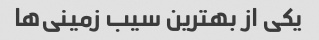
یکی از بهترین سیب زمینی‌ها